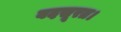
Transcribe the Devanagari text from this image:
बदसूरत।